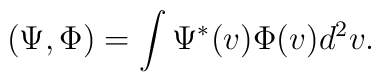
(\Psi, \Phi) = \int \Psi^*(v) \Phi(v) d^2 v.